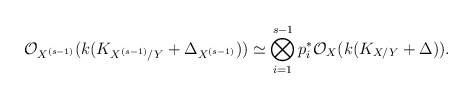
\begin{align*}\mathcal O_{X^{(s-1)}}(k(K_{X^{(s-1)}/Y}+\Delta_{X^{(s-1)}}))\simeq \bigotimes _{i=1}^{s-1} p_i^*\mathcal O_X(k(K_{X/Y}+\Delta)). \end{align*}